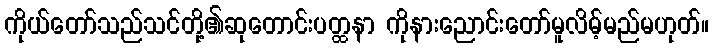
ကိုယ်တော်သည်သင်တို့၏ဆုတောင်းပတ္ထနာ ကိုနားညောင်းတော်မူလိမ့်မည်မဟုတ်။